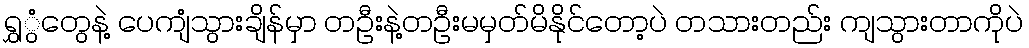
ရွှွံတွေနဲ့ ပေကျံသွားချိန်မှာ တဦးနဲ့တဦးမမှတ်မိနိုင်တော့ပဲ တသားတည်း ကျသွားတာကိုပဲ